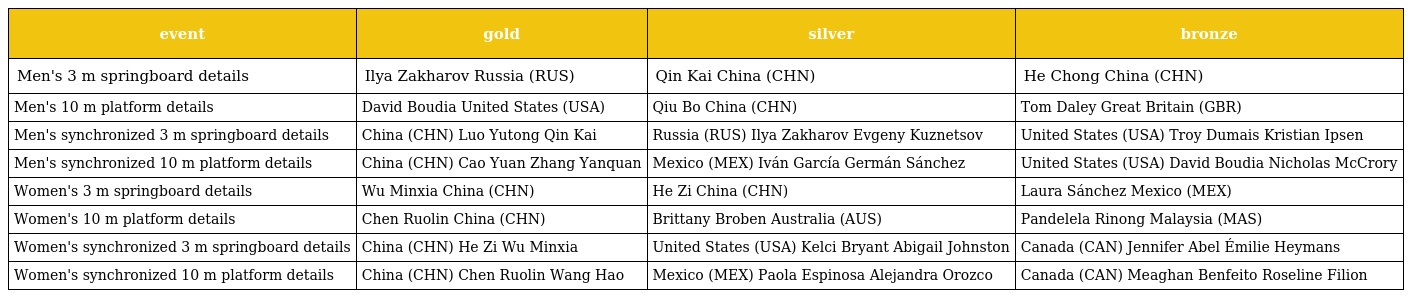
| event | gold | silver | bronze |
 | --- | --- | --- | --- |
 | Men's 3 m springboard details | Ilya Zakharov Russia (RUS) | Qin Kai China (CHN) | He Chong China (CHN) |
 | Men's 10 m platform details | David Boudia United States (USA) | Qiu Bo China (CHN) | Tom Daley Great Britain (GBR) |
 | Men's synchronized 3 m springboard details | China (CHN) Luo Yutong Qin Kai | Russia (RUS) Ilya Zakharov Evgeny Kuznetsov | United States (USA) Troy Dumais Kristian Ipsen |
 | Men's synchronized 10 m platform details | China (CHN) Cao Yuan Zhang Yanquan | Mexico (MEX) Iván García Germán Sánchez | United States (USA) David Boudia Nicholas McCrory |
 | Women's 3 m springboard details | Wu Minxia China (CHN) | He Zi China (CHN) | Laura Sánchez Mexico (MEX) |
 | Women's 10 m platform details | Chen Ruolin China (CHN) | Brittany Broben Australia (AUS) | Pandelela Rinong Malaysia (MAS) |
 | Women's synchronized 3 m springboard details | China (CHN) He Zi Wu Minxia | United States (USA) Kelci Bryant Abigail Johnston | Canada (CAN) Jennifer Abel Émilie Heymans |
 | Women's synchronized 10 m platform details | China (CHN) Chen Ruolin Wang Hao | Mexico (MEX) Paola Espinosa Alejandra Orozco | Canada (CAN) Meaghan Benfeito Roseline Filion |